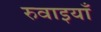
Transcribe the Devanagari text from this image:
रुवाइयाँ